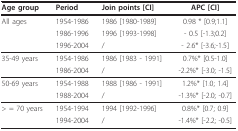
| Age group | Period | Join points [CI] | APC [CI] |
 | --- | --- | --- | --- |
 | All ages | 1954-1986 | 1986 [1980-1989] | 0.98 * [0.9;1.1] |
 |  | 1986-1996 | 1996 [1993-1998] | - 0.5 [-1.3;0.2] |
 |  | 1996-2004 | / | - 2.6* [-3.6;-1.5] |
 | 35-49 years | 1954-1986 | 1986 [1983 - 1991] | 0.7%* [0.5-1.0] |
 |  | 1986-2004 | / | -2.2%* [-3.0; -1.5] |
 | 50-69 years | 1954-1988 | 1988 [1986 - 1991] | 1.2%* [1.0; 1.4] |
 |  | 1988-2004 | / | -1.3%* [-2.0; -0.7] |
 | > = 70 years | 1954-1994 | 1994 [1992-1996] | 0.8%* [0.7; 0.9] |
 |  | 1994-2004 | / | -1.4%* [-2.2; -0.5] |